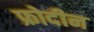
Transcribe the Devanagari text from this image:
फ्रोदीन